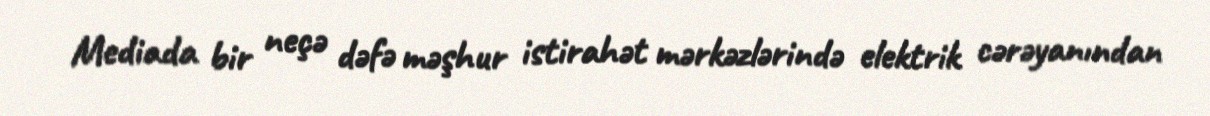
Mediada bir neçə dəfə məşhur istirahət mərkəzlərində elektrik cərəyanından